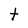
Character: t